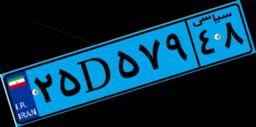
۲۵D۵۷۹۴۸